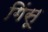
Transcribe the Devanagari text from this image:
गिंसू